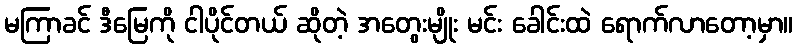
မကြာခင် ဒီမြေကို ငါပိုင်တယ် ဆိုတဲ့ အတွေးမျိုး မင်း ခေါင်းထဲ ရောက်လာတော့မှာ။